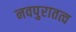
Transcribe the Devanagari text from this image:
नवपुरातत्व